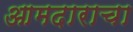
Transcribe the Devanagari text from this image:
आमदाराचा